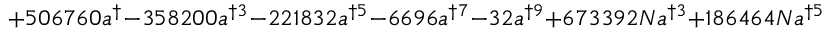
+ 5 0 6 7 6 0 a ^ { \dag } - 3 5 8 2 0 0 a ^ { \dag 3 } - 2 2 1 8 3 2 a ^ { \dag 5 } - 6 6 9 6 a ^ { \dag 7 } - 3 2 a ^ { \dag 9 } + 6 7 3 3 9 2 N a ^ { \dag 3 } + 1 8 6 4 6 4 N a ^ { \dag 5 }